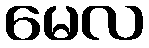
မေလ